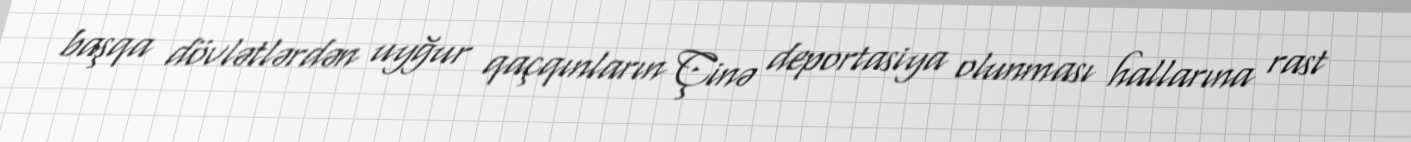
başqa dövlətlərdən uyğur qaçqınların Çinə deportasiya olunması hallarına rast